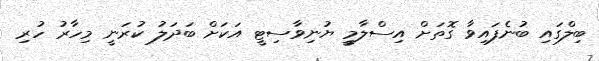
ބިލްގައި ބުނެފައިވާ ގޮތަށް އިސްލާމީ ޔުނިވާސިޓީ އަކަށް ބަދަލު ކުރަނީ މިހާރު ހުރި